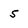
Character: 5